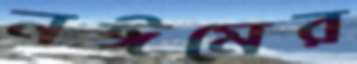
নঈমের